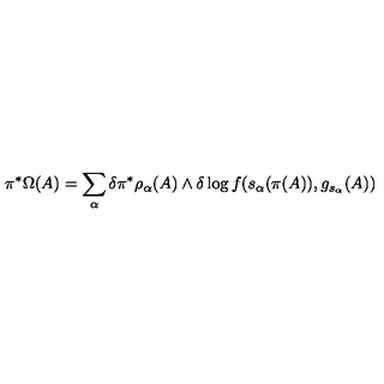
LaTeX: \pi ^ { \ast } \Omega ( A ) = \sum _ { \alpha } \delta \pi ^ { \ast } \rho _ { \alpha } ( A ) \wedge \delta \log f ( s _ { \alpha } ( \pi ( A ) ) , g _ { s _ { \alpha } } ( A ) )